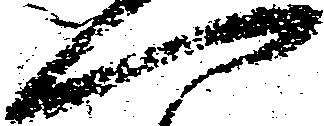
一